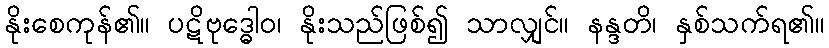
နိုးစေကုန်၏။ ပဋိဗုဒ္ဓေါဝ၊ နိုးသည်ဖြစ်၍ သာလျှင်။ နန္ဒတိ၊ နှစ်သက်ရ၏။